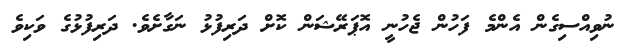
ނުވިއްސިގެން އެންމެ ފަހުން ޖެހުނީ އޮޕަރޭޝަން ކޮށް ދަރިފުޅު ނަގާށެވެ. ދަރިފުޅުގެ ވަކިވެ